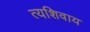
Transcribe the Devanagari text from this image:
त्यशिवाय